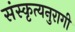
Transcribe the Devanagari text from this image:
संस्कृत्यनुरागी